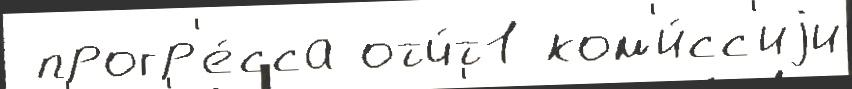
 прогр'е́сса отч́т1 ком'и́сс'иjи